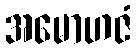
အမောဟဇံ